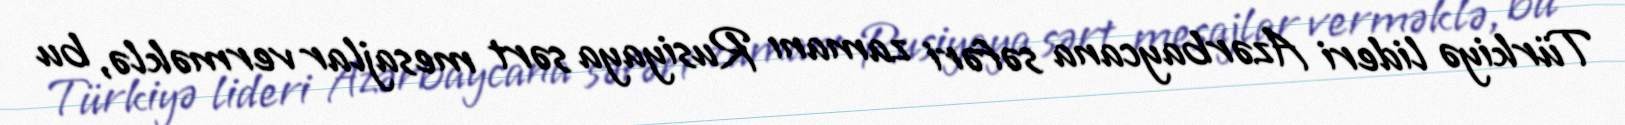
Türkiyə lideri Azərbaycana səfəri zamanı Rusiyaya sərt mesajlar verməklə, bu